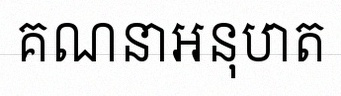
គណនាអនុបាត